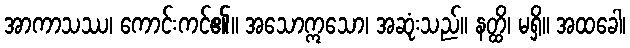
အာကာသဿ၊ ကောင်းကင်၏။ အသောဣသော၊ အဆုံးသည်။ နတ္ထိ၊ မရှိ။ အထခေါ၊